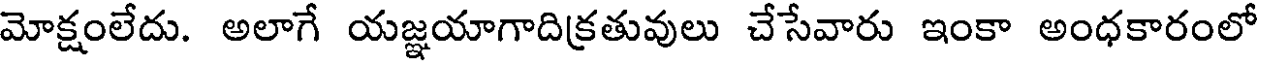
మోక్షంలేదు. అలాగే యజ్ఞయాగాదిక్రతువులు చేసేవారు ఇంకా అంధకారంలో